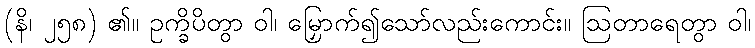
(နိ၊ ၂၅၈) ၏။ ဥက္ခိပိတွာ ဝါ၊ မြှောက်၍သော်လည်းကောင်း။ ဩတာရေတွာ ဝါ၊